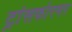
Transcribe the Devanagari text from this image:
ट्रांसफोरमर